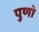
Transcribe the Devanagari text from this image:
पुणो